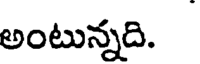
అంటున్నది.